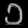
Digit: ၁